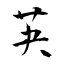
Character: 芵